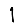
Digit: 1